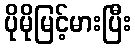
ပိုမိုမြင့်မားပြီး